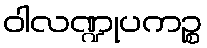
ဝါလဏ္ဍုပကဉ္စ